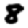
Digit: 8